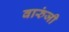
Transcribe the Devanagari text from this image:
वारुंजी